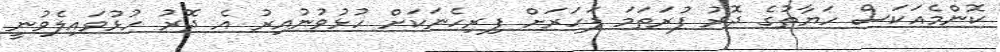
ކޮންމެއަކަސް ހަޔާތުގެ ދޮރު ފުރަތަމަ ފަހަރަށް ފިރިހެނަކަށް ހުޅުވުނުއިރު އެ ދޮރު ހުޅުވައިލެވުނީ